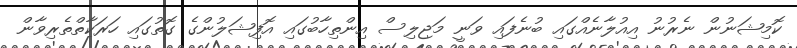
ކޮމިޝަނުން ނެރުނު އިއުލާނެއްގައި ބުނެފައި ވަނީ މަޖިލިސް އިންތިހާބުގައި އޮފިޝަލުންގެ ގޮތުގައި ހަރަކާތްތެރިވާން